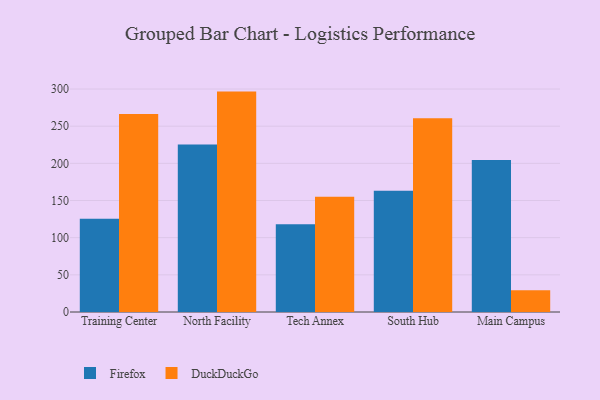
{"axis": {"x": "Campus", "y": "Bounce Rate (%)"}, "legend": ["DuckDuckGo", "Firefox"], "data": [{"x": "Training Center", "y": 125.3, "type": "Firefox"}, {"x": "Training Center", "y": 266.4, "type": "DuckDuckGo"}, {"x": "North Facility", "y": 225.2, "type": "Firefox"}, {"x": "North Facility", "y": 296.5, "type": "DuckDuckGo"}, {"x": "Tech Annex", "y": 118.2, "type": "Firefox"}, {"x": "Tech Annex", "y": 154.9, "type": "DuckDuckGo"}, {"x": "South Hub", "y": 163.2, "type": "Firefox"}, {"x": "South Hub", "y": 260.8, "type": "DuckDuckGo"}, {"x": "Main Campus", "y": 204.4, "type": "Firefox"}, {"x": "Main Campus", "y": 29.2, "type": "DuckDuckGo"}]}